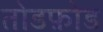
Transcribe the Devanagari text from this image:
तोडफ़ोड